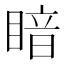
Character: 𪾲